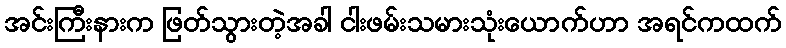
အင်းကြီးနားက ဖြတ်သွားတဲ့အခါ ငါးဖမ်းသမားသုံးယောက်ဟာ အရင်ကထက်